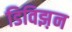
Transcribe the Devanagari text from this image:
डिविझ़न